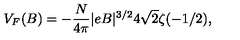
V _ { F } ( B ) = - \frac { N } { 4 \pi } | e B | ^ { 3 / 2 } 4 \sqrt { 2 } \zeta ( - 1 / 2 ) ,